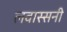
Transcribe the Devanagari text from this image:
लवास्सनी